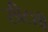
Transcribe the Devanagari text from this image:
सीटशी